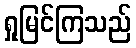
ရှုမြင်ကြသည်